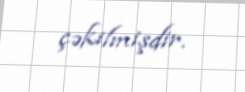
çəkilmişdir.